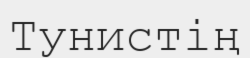
Тунистің